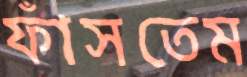
ফাঁসতেম